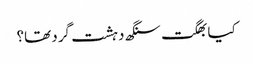
کیا بھگت سنگھ دہشت گرد تھا؟